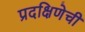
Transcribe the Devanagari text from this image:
प्रदक्षिणेची